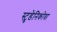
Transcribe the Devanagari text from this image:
स्टुडेनिकोवा